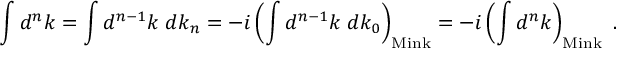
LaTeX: \int d ^ { n } k = \int d ^ { n - 1 } k \; d k _ { n } = - i \left( \int d ^ { n - 1 } k \; d k _ { 0 } \right) _ { \mathrm { M i n k } } = - i \left( \int d ^ { n } k \right) _ { \mathrm { M i n k } } \ .